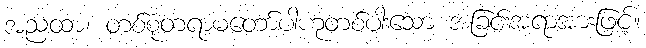
အညထာ၊ တစ်စုံတရာမတော်ပါဟုတစ်ပါးသော အခြင်းအရာအားဖြင့်။